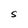
Character: S